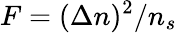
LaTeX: F=(\Delta n)^{2}/n_{s}